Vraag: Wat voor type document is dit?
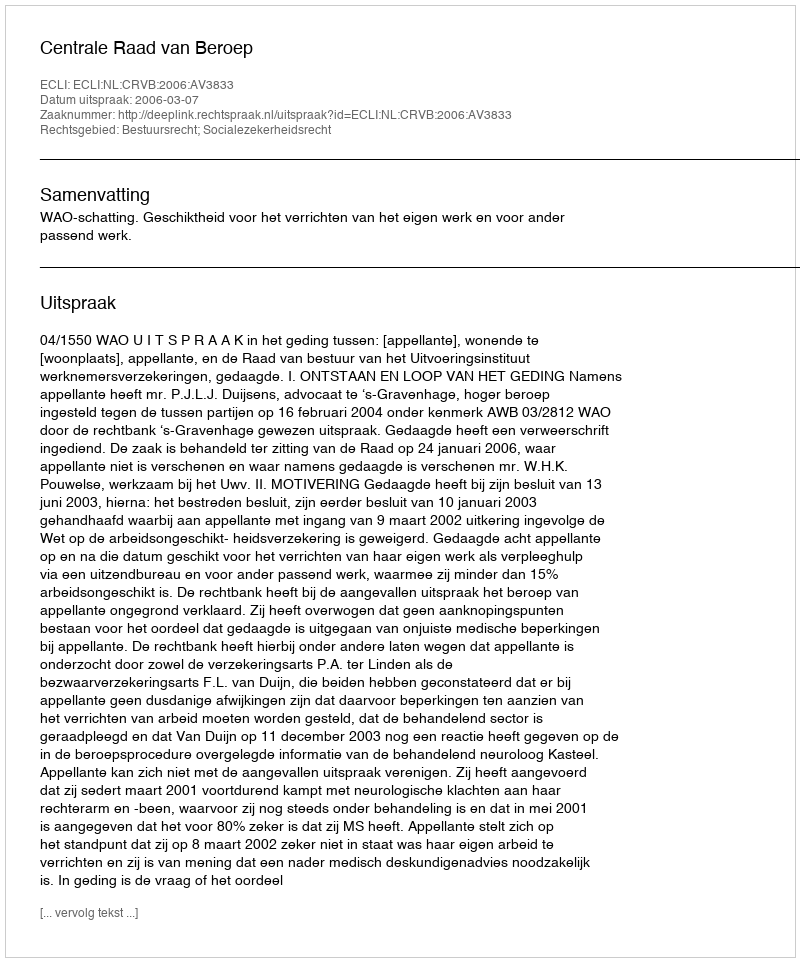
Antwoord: Uitspraak